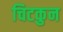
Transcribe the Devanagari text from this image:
चिटकुन